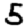
Digit: 5